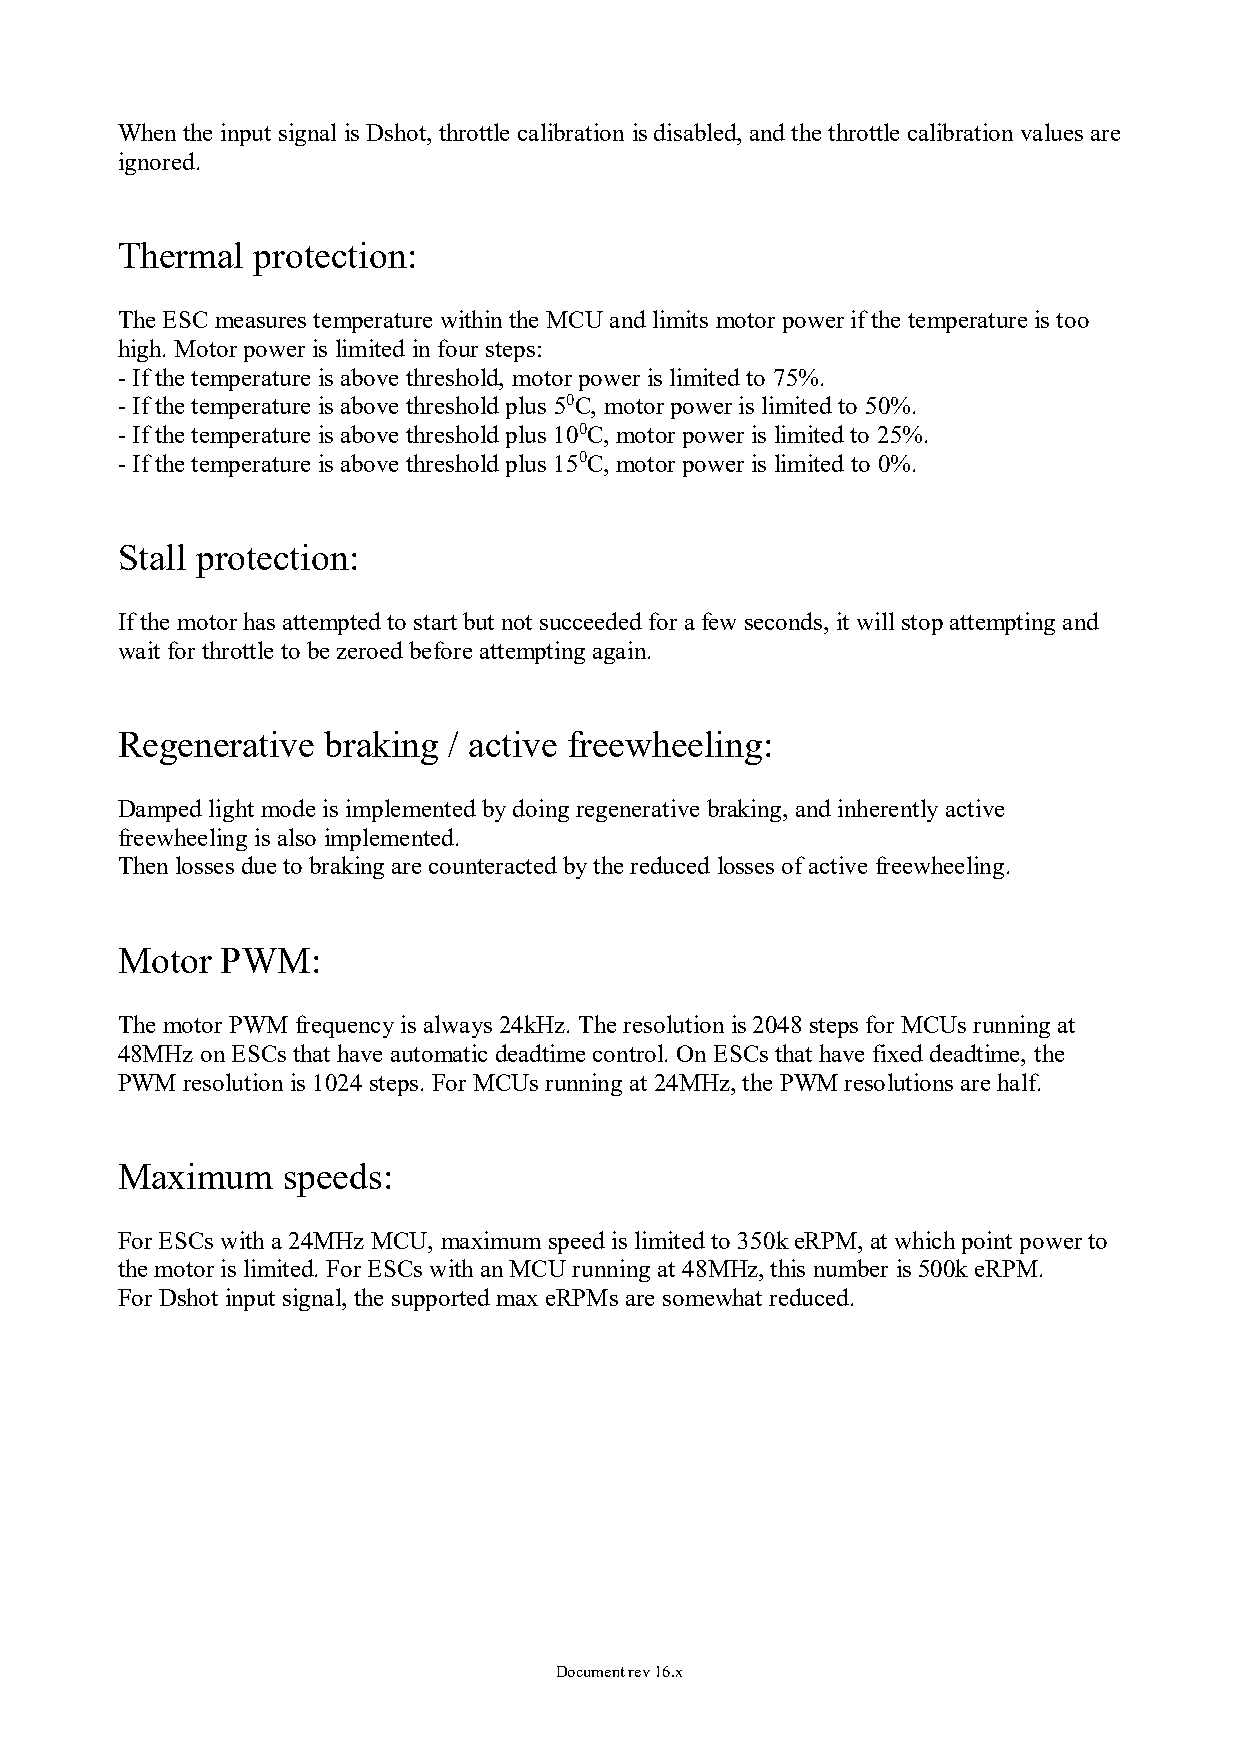
When the input signal is Dshot, throttle calibration is disabled, and the throttle calibration values are
 ignored.
 Thermal  protection:
 The ESC measures temperature within the MCU and limits motor power if the temperature is too
 high. Motor power is limited in four steps:
 - If the temperature is above threshold, motor power is limited to 75%.
 - If the temperature is above threshold plus 50C, motor power is limited to 50%.
 - If the temperature is above threshold plus 100C, motor power is limited to 25%.
 - If the temperature is above threshold plus 150C, motor power is limited to 0%.
 Stall protection:
 If the motor has attempted to start but not succeeded for a few seconds, it will stop attempting and
 wait for throttle to be zeroed before attempting again.
 Regenerative  braking / active freewheeling:
 Damped light mode is implemented by doing regenerative braking, and inherently active
 freewheeling is also implemented.
 Then losses due to braking are counteracted by the reduced losses of active freewheeling.
 Motor  PWM:
 The motor PWM frequency is always 24kHz. The resolution is 2048 steps for MCUs running at
 48MHz on ESCs that have automatic deadtime control. On ESCs that have fixed deadtime, the
 PWM resolution is 1024 steps. For MCUs running at 24MHz, the PWM resolutions are half.
 Maximum    speeds:
 For ESCs with a 24MHz MCU, maximum speed is limited to 350k eRPM, at which point power to
 the motor is limited. For ESCs with an MCU running at 48MHz, this number is 500k eRPM.
 For Dshot input signal, the supported max eRPMs are somewhat reduced.
 Document rev 16.x